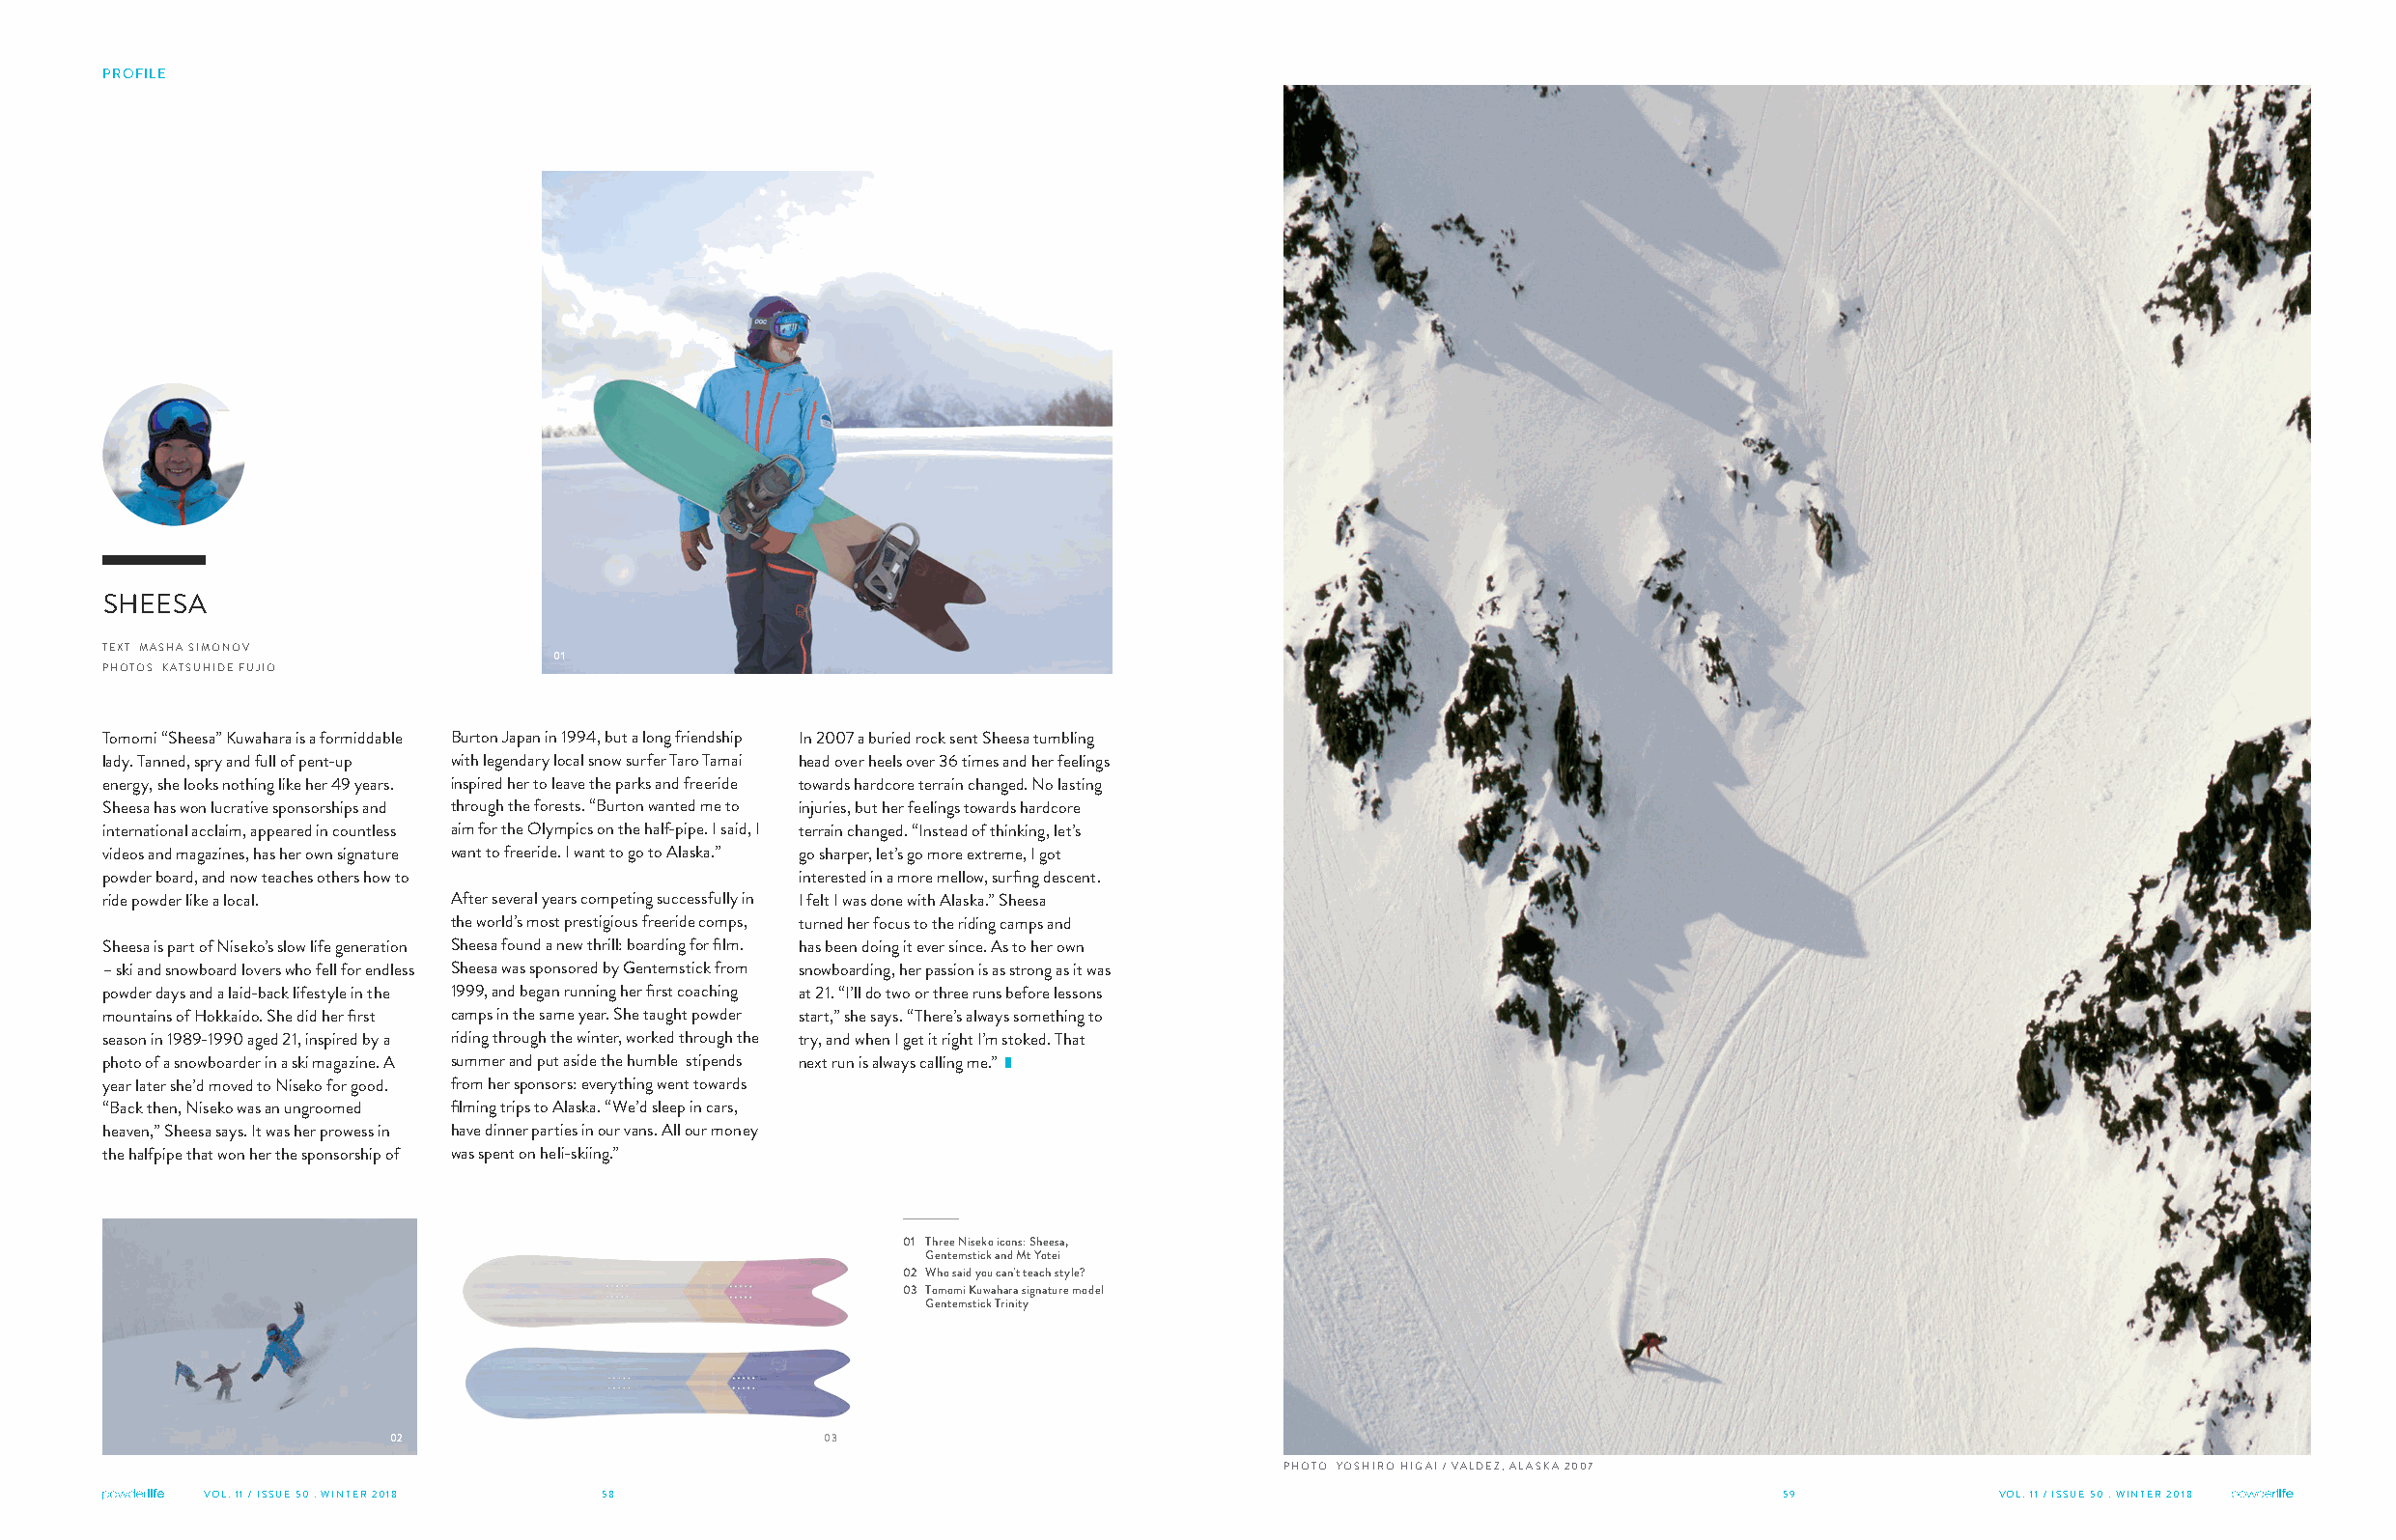
PROFILE
 SHEESA
 TEXT MASHA SIMONOV
 01
 PHOTOS KATSUHIDE FUJIO
 Tomomi “Sheesa” Kuwahara is a formiddable Burton Japan in 1994, but a long friendship In 2007 a buried rock sent Sheesa tumbling
 lady. Tanned, spry and full of pent-up with legendary local snow surfer Taro Tamai head over heels over 36 times and her feelings
 energy, she looks nothing like her 49 years. inspired her to leave the parks and freeride towards hardcore terrain changed. No lasting
 Sheesa has won lucrative sponsorships and through the forests. “Burton wanted me to injuries, but her feelings towards hardcore
 international acclaim, appeared in countless aim for the Olympics on the half-pipe. I said, I terrain changed. “Instead of thinking, let’s
 videos and magazines, has her own signature want to freeride. I want to go to Alaska.” go sharper, let’s go more extreme, I got
 powder board, and now teaches others how to     interested in a more mellow, surfing descent.
 ride powder like a local. After several years competing successfully in I felt I was done with Alaska.” Sheesa
 the world’s most prestigious freeride comps, turned her focus to the riding camps and
 Sheesa is part of Niseko’s slow life generation Sheesa found a new thrill: boarding for film. has been doing it ever since. As to her own
 – ski and snowboard lovers who fell for endless Sheesa was sponsored by Gentemstick from snowboarding, her passion is as strong as it was
 powder days and a laid-back lifestyle in the 1999, and began running her first coaching at 21. “I’ll do two or three runs before lessons
 mountains of Hokkaido. She did her first camps in the same year. She taught powder start,” she says. “There’s always something to
 season in 1989-1990 aged 21, inspired by a riding through the winter, worked through the try, and when I get it right I’m stoked. That
 photo of a snowboarder in a ski magazine. A summer and put aside the humble stipends next run is always calling me.” █
 year later she’d moved to Niseko for good. from her sponsors: everything went towards
 “Back then, Niseko was an ungroomed filming trips to Alaska. “We’d sleep in cars,
 heaven,” Sheesa says. It was her prowess in have dinner parties in our vans. All our money
 the halfpipe that won her the sponsorship of was spent on heli-skiing.”
 01 Three Niseko icons: Sheesa,
 Gentemstick and Mt Yotei
 02 Who said you can't teach style?
 03 Tomomi Kuwahara signature model
 Gentemstick Trinity
 02                           03
 PHOTO YOSHIRO HIGAI / VALDEZ, ALASKA 2007
 VVOOLL.. 1111 // IISSSSUUEE 5500 .. WWIINNTTEERR 22001188 58                                                59             VOL. 11 / ISSUE 50 . WINTER 2018